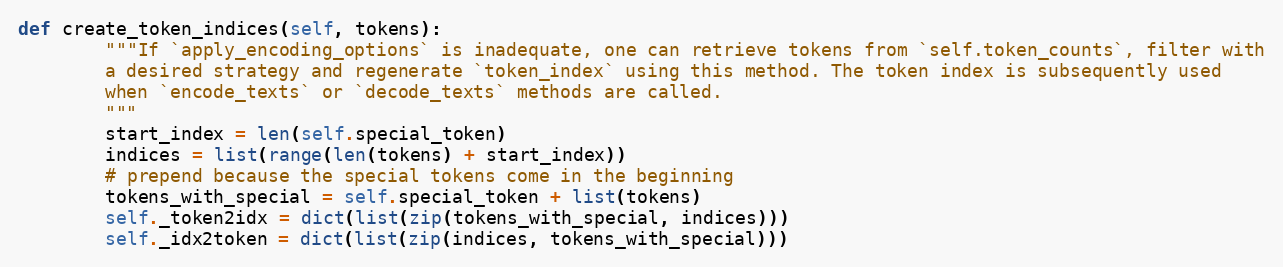
Language: Python
def create_token_indices(self, tokens):
        """If `apply_encoding_options` is inadequate, one can retrieve tokens from `self.token_counts`, filter with
        a desired strategy and regenerate `token_index` using this method. The token index is subsequently used
        when `encode_texts` or `decode_texts` methods are called.
        """
        start_index = len(self.special_token)
        indices = list(range(len(tokens) + start_index))
        # prepend because the special tokens come in the beginning
        tokens_with_special = self.special_token + list(tokens)
        self._token2idx = dict(list(zip(tokens_with_special, indices)))
        self._idx2token = dict(list(zip(indices, tokens_with_special)))